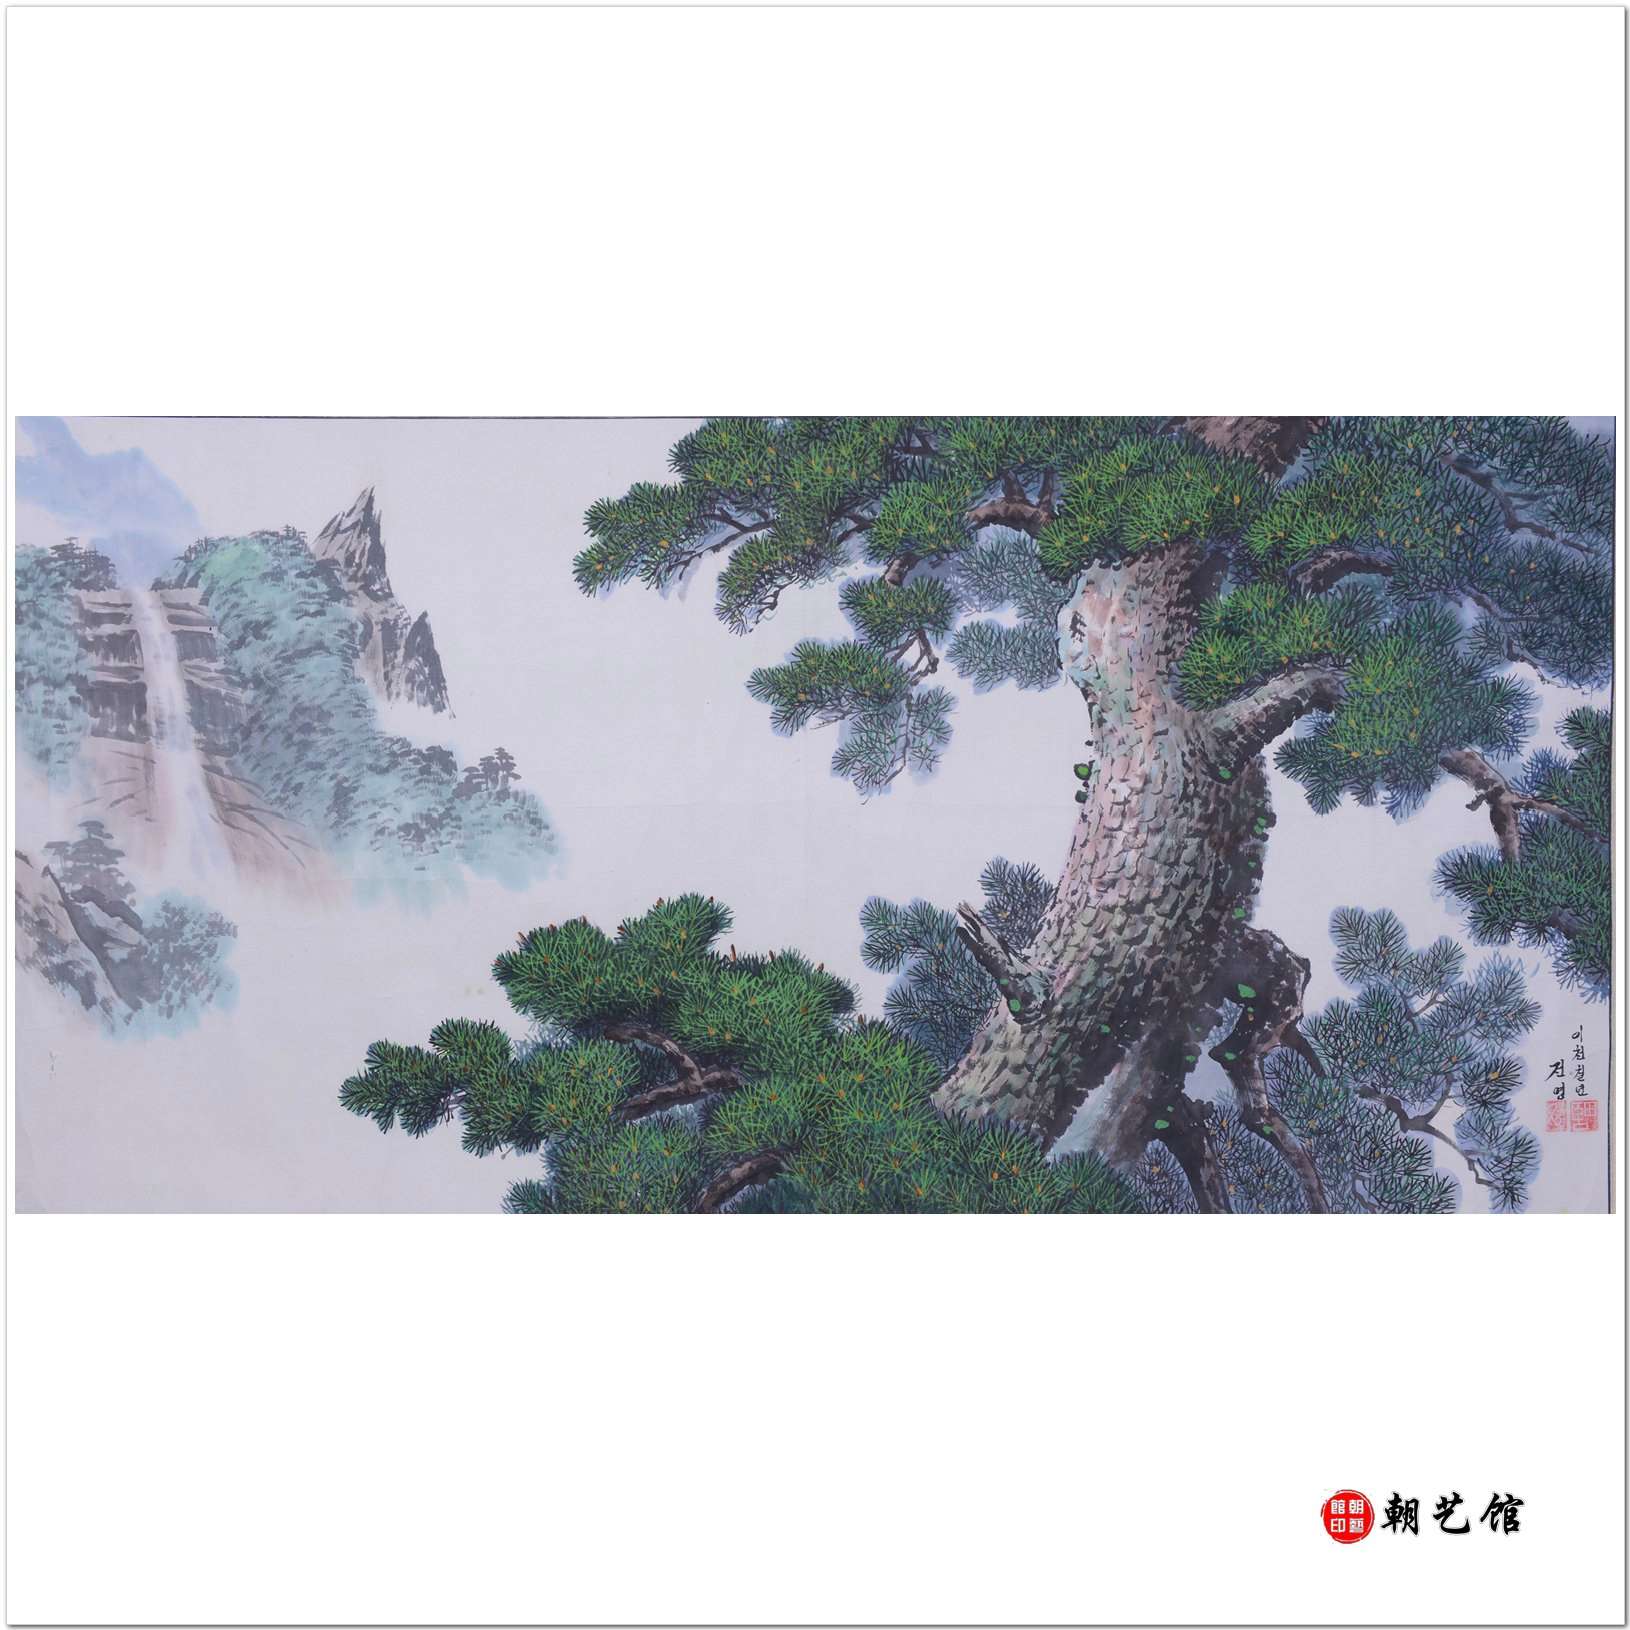
登车宿迁北，万顷铺琼田。